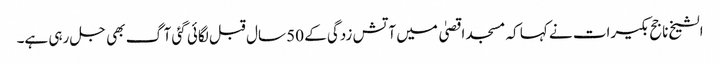
الشیخ ناجح بکیرات نے کہا کہ مسجد اقصیٰ میں آتش زدگی کے 50 سال قبل لگائی گئی آگ بھی جل رہی ہے۔